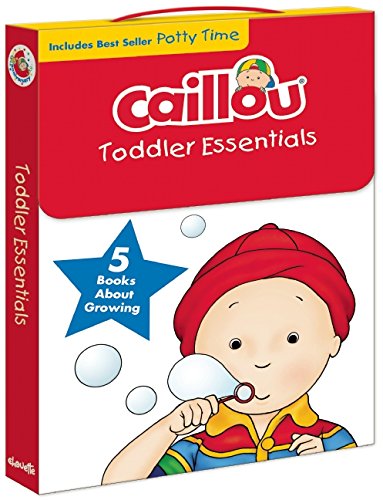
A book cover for Caillou, Toddler Essentials: 5 Books about Growing; Parenting & Relationships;